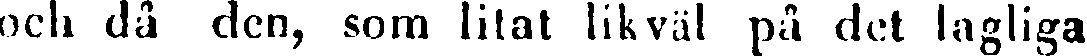
och då den, som litat likväl på det lagliga